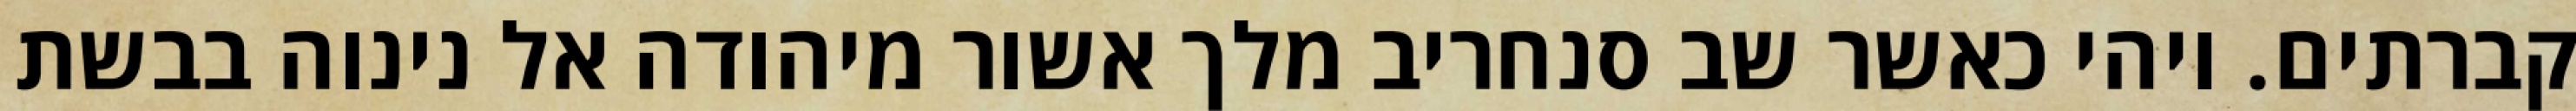
קברתים. ויהי כאשר שב סנחריב מלך אשור מיהודה אל נינוה בבשת